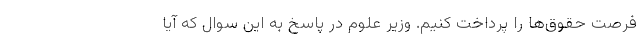
فرصت حقوق‌ها را پرداخت کنیم. وزیر علوم در پاسخ به این سوال که آیا